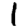
Digit: 1